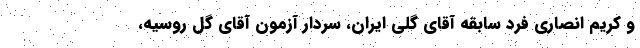
و کریم انصاری فرد سابقه آقای گلی ایران، سردار آزمون آقای گل روسیه،